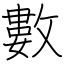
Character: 數